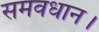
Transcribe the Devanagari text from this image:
समवधान।